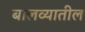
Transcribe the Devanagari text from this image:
बालव्यातील